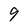
Character: 9